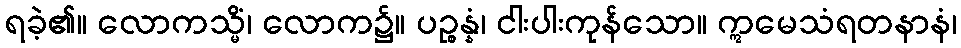
ရခဲ့၏။ လောကသ္မိံ၊ လောက၌။ ပဉ္စန္နံ၊ ငါးပါးကုန်သော။ ဣမေသံရတနာနံ၊